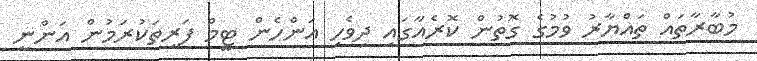
މުބާރާތައް ތައްޔާރު ވުމުގެ ގޮތުން ކޮރެއާގައި ދިވެހި އަންހެން ޓީމް ފަރިތަކުރަމުން އަންނީ